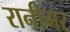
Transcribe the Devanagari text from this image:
रानीगर